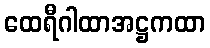
ထေရီဂါထာအဋ္ဌကထာ